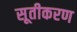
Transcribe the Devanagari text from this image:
सूतीकरण